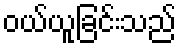
ဝယ်ယူခြင်းသည်